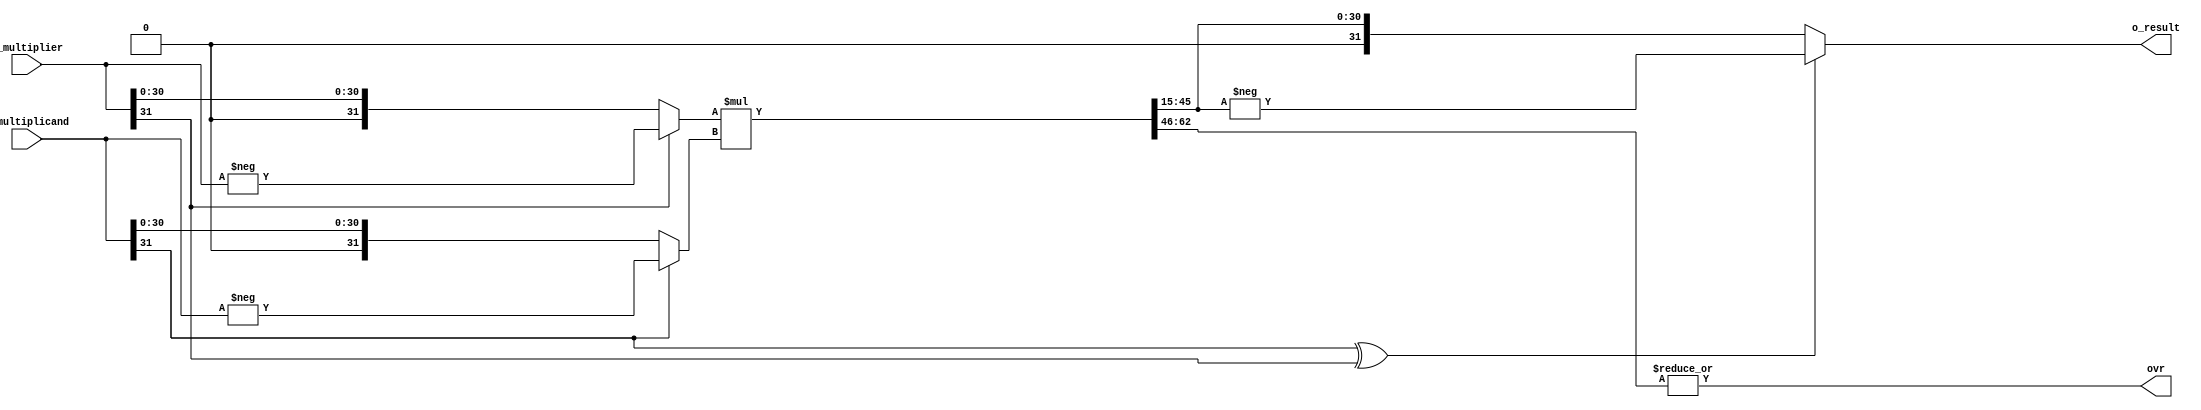
`timescale 1ns / 1ps

/* Description
**
** original work by Sam Skalicky, originally found here:
** http://opencores.org/project,fixed_point_arithmetic_parameterized
**
**
** Modified by Sung Ho Lee in 2023.12.07
**
** Modified features:
** Original modules not use 2's complement system
** => changed to use 2's complement system
*/

module qmult #(
	//Parameterized values
	parameter Q = 15,
	parameter N = 32
	)
	(
	 input		wire [N-1:0]	i_multiplicand,
	 input		wire [N-1:0]	i_multiplier,
	 output		wire [N-1:0]	o_result,
	 output		reg				ovr
	 );
	 
	
	reg [2*N-1:0]	r_result;		//	Multiplication by 2 values of N bits requires a register that is N+N = 2N deep...
	reg [N-1:0]		r_RetVal;

	reg [N-1:0]     temp_multiplicand, temp_meltiplier, temp_RetVal;
	reg is_signed;

	//--------------------------------------------------------------------------------
	assign o_result = r_RetVal;	//	Only handing back the same number of bits as we received with fixed point in same location...

	//---------------------------------------------------------------------------------
	always @(i_multiplicand, i_multiplier)	begin					//	Do the multiply any time the inputs change
		// Make unsigned value
		// Since (signed) * (signed) does not give proper value
		temp_multiplicand = i_multiplicand[N-1] ? -i_multiplicand : i_multiplicand;
		temp_meltiplier = i_multiplier[N-1] ? -i_multiplier : i_multiplier;

		r_result = temp_meltiplier * temp_multiplicand;
	end

	always @(r_result) begin										//	Any time the result changes, we need to recompute the sign bit,
		is_signed = i_multiplicand[N-1] ^ i_multiplier[N-1];	// Check if the result is signed value
		temp_RetVal[N-2:0] = r_result[N-2+Q:Q];					// r_result >> Q
		temp_RetVal[N-1] = 0;									// Since r_seult is (unsigned) * (unsigned)
		r_RetVal = is_signed ? -temp_RetVal : temp_RetVal;
		
		ovr = |r_result[2*N-2:N-1+Q];		// If there is anything left on r_result => overflow
	end

endmodule